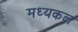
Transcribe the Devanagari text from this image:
मध्यकल